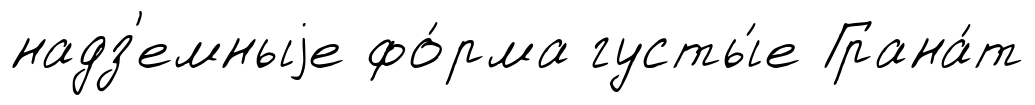
надз'емныjе фо́рма густы́е Грана́т